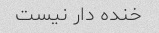
خنده دار نیست